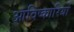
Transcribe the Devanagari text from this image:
आविष्कारियों